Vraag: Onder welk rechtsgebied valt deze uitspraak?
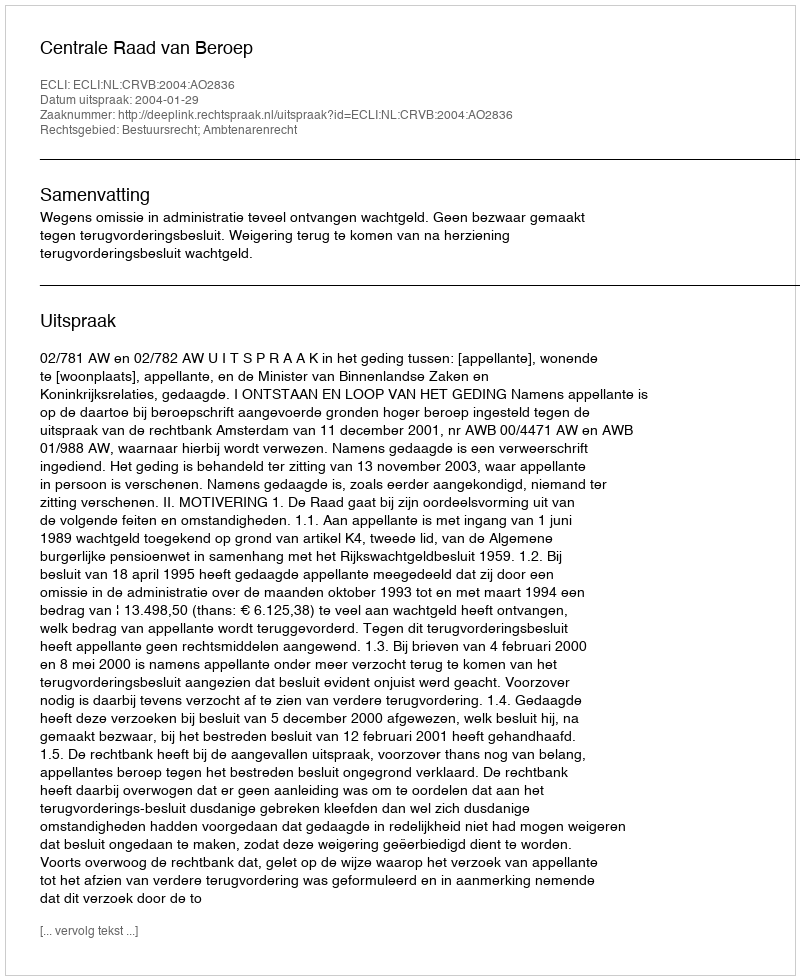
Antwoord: Bestuursrecht; Ambtenarenrecht